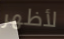
لأظهر